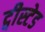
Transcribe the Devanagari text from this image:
ट्वीस्टेड